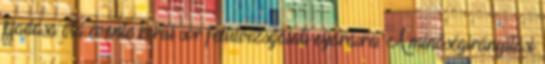
kiadása óta évente kerül sor felülvizsgálati eljárásra. A minõségirányítási